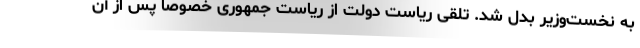
به نخست‌وزیر بدل شد. تلقی ریاست دولت از ریاست جمهوری خصوصا پس از آن